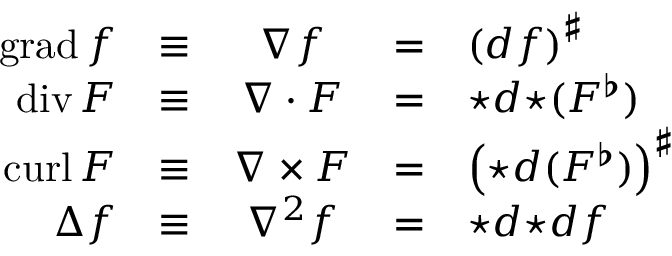
\begin{array} { r c c c l } { \operatorname { g r a d } f } & { \equiv } & { \nabla f } & { = } & { \left( d f \right) ^ { \sharp } } \\ { \operatorname { d i v } F } & { \equiv } & { \nabla \cdot F } & { = } & { { \star d { \star } ( F ^ { \flat } ) } } \\ { \operatorname { c u r l } F } & { \equiv } & { \nabla \times F } & { = } & { \left( { \star } d ( F ^ { \flat } ) \right) ^ { \sharp } } \\ { \Delta f } & { \equiv } & { \nabla ^ { 2 } f } & { = } & { { \star } d { \star } d f } \end{array}